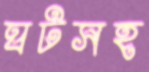
ঘটসহ